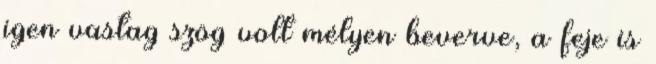
igen vastag szög volt mélyen beverve, a feje is